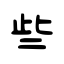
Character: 些